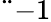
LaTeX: ¨{-1}